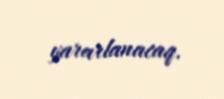
yararlanacaq.